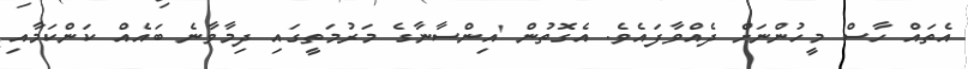
އެތައް ހާސް މީހުންނަށް ދެއްވާފައެވެ. އެގޮތުން 'އިންސާނާގެ މަރުމަތީގައި ދިމާވާނެ ބައެއް ކަންކަމާއި